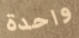
واحدة